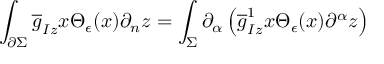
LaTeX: \int _ { \partial \Sigma } { \overline { { g } } } _ { I z } x \Theta _ { \epsilon } ( x ) \partial _ { n } z = \int _ { \Sigma } \partial _ { \alpha } \left( { \overline { { g } } } _ { I z } ^ { 1 } x \Theta _ { \epsilon } ( x ) \partial ^ { \alpha } z \right)